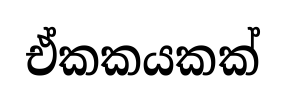
ඒකකයකක්